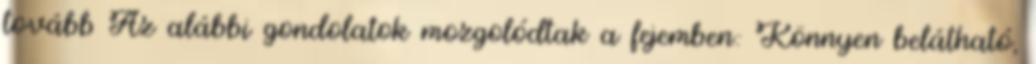
tovább Az alábbi gondolatok mozgolódtak a fejemben: Könnyen belátható,